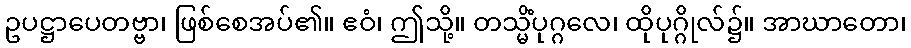
ဥပဋ္ဌာပေတဗ္ဗာ၊ ဖြစ်စေအပ်၏။ ဧဝံ၊ ဤသို့။ တသ္မိံပုဂ္ဂလေ၊ ထိုပုဂ္ဂိုလ်၌။ အာဃာတော၊